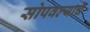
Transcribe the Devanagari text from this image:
सोपवल्याचे